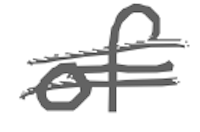
Text: of
Cross-out: double-line
Writing tool: digital_gray